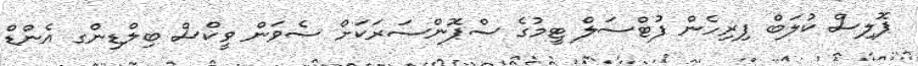
ޕޮލިސް ކުލަބް ފިރިހެން ފުޓްސަލް ޓީމުގެ ސްޕޮންސަރަކަށް ސެވަން ވީކްސް ބިލްޑިންގ އެންޑް